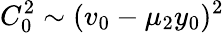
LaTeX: C_{0}^{2}\sim(v_{0}-\mu_{2}y_{0})^{2}